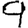
Digit: 9